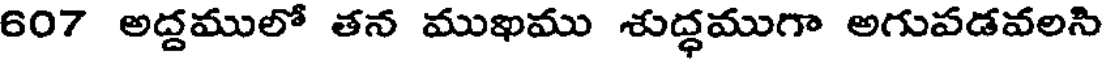
607 అద్దములో తన ముఖము శుద్ధముగా అగుపడవలసి